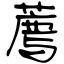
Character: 薦